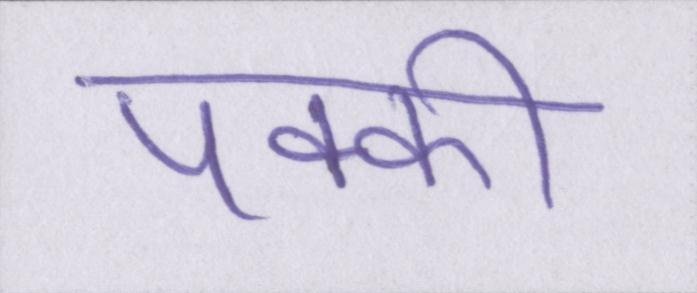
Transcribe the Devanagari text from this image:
पक्की